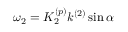
\omega _ { 2 } = K _ { 2 } ^ { ( p ) } k ^ { ( 2 ) } \sin \alpha